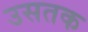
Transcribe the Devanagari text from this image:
उसतक